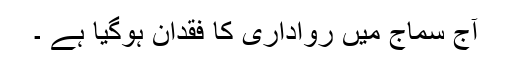
آج سماج میں رواداری کا فقدان ہوگیا ہے ۔